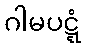
ဂါမပဋ္ဋံ